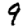
Digit: 9